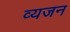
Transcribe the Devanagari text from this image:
व्यजन